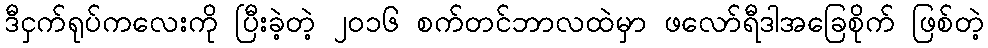
ဒီငှက်ရုပ်ကလေးကို ပြီးခဲ့တဲ့ ၂၀၁၆ စက်တင်ဘာလထဲမှာ ဖလော်ရီဒါအခြေစိုက် ဖြစ်တဲ့